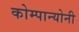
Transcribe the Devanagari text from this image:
कोम्पान्योनी